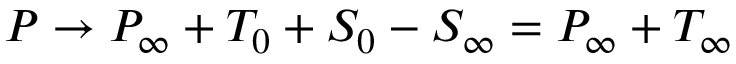
P \rightarrow P _ { \infty } + T _ { 0 } + S _ { 0 } - S _ { \infty } = P _ { \infty } + T _ { \infty }